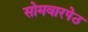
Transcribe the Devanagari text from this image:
सोमवारपेठ